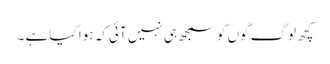
کچھ لوگ گوں کو سمجھ ہی نہیں آئی کہ ہوا کیا ہے ۔